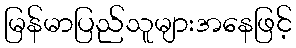
မြန်မာပြည်သူများအနေဖြင့်